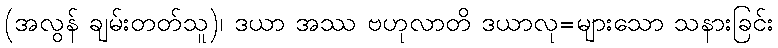
(အလွန် ချမ်းတတ်သူ)၊ ဒယာ အဿ ဗဟုလာတိ ဒယာလု=များသော သနားခြင်း